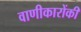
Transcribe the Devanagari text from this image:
वाणीकारोंकी